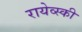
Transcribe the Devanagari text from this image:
रायेव्स्की